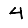
Digit: 4